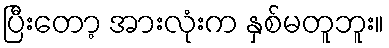
ပြီးတော့ အားလုံးက နှစ်မတူဘူး။